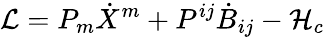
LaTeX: {\cal L}=P_{m}\dot{X}^{m}+P^{ij}\dot{B}_{ij}-{\cal H}_{c}